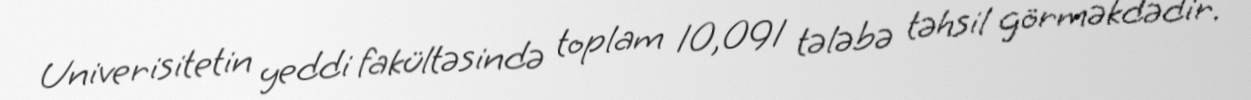
Univerisitetin yeddi fakültəsində toplam 10,091 tələbə təhsil görməkdədir.